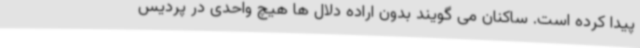
پیدا کرده است. ساکنان می گویند بدون اراده دلال ها هیچ واحدی در پردیس